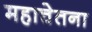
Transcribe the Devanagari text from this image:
महाचेतना